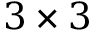
3 \times 3